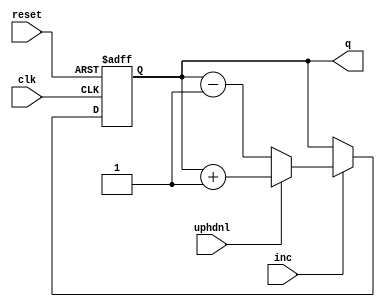
`timescale 1ns / 1ps
//****************************************************************//
//                                                                //
//  Class: CECS 360			                                       //
//  Project name: Project1_CECS360			                        //
//                                                                //
//  Created by Umar Khan 09/19/2017			.                       //
//                                                                //
//  Abstract: Increments or decrements based on the switch UPHDWL.//
//																						//
//****************************************************************//
module Counter(clk, reset, inc, uphdnl, q);

	input clk, reset;
	input uphdnl, inc;
	
	output [15:0] q;
	reg [15:0] q;

	always @(posedge clk, posedge reset)

		if (reset) q <= 8'b0;
		else
		if (inc) q <= (uphdnl)? q + 16'b1 : q - 16'b1;
	
endmodule